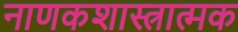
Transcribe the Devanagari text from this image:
नाणकशास्त्रात्मक